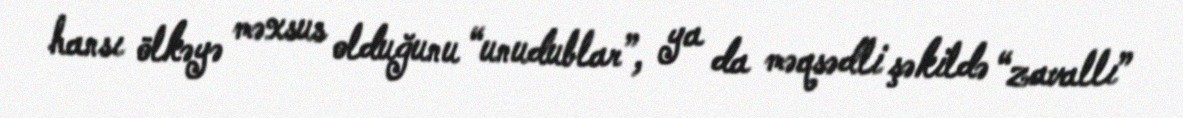
hansı ölkəyə məxsus olduğunu “unudublar”, ya da məqsədli şəkildə “zavallı”